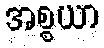
အစ္စယာ